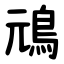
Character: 䲮